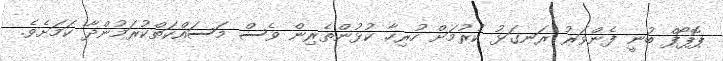
ޕޮޕޯފް ބުނީ ފެންވަރު ރަނގަޅު ކުރުމަށް ހުރިހާ ކުޅުންތެރިން ވެސް މަސައްކަތްކުރަމުންދާ ކަމަށެވެ.